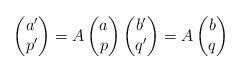
LaTeX: \begin{align*}\begin{pmatrix}a'\\p'\end{pmatrix}=A\begin{pmatrix}a\\p\end{pmatrix} \begin{pmatrix}b'\\q'\end{pmatrix}=A\begin{pmatrix}b\\q\end{pmatrix}\end{align*}